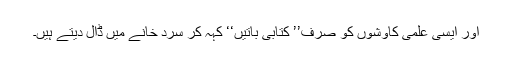
اور ایسی علمی کاوشوں کو صرف’’ کتابی باتیں‘‘ کہہ کر سرد خانے میں ڈال دیتے ہیں۔